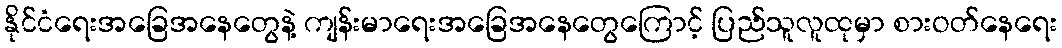
နိုင်ငံရေးအခြေအနေတွေနဲ့ ကျန်းမာရေးအခြေအနေတွေကြောင့် ပြည်သူလူထုမှာ စားဝတ်နေရေး